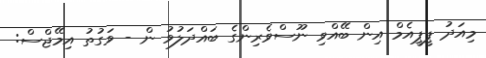
މިއަދު ޕީޕީއެމް އިން ބޭއްވި ނޫސްވެރިންގެ ބައްދަލުވު ން - ވަގުތު އިމޭޖްސް: